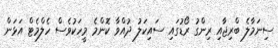
ސިނަމާލެ ބްރިޖާއި ރިންގު ރޯޑުގައި ސައިކަލު ދުއްވާ ކޮންމެ މީހަކުވެސް ހެލްމެޓް އަޅަން